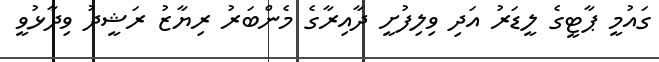
ގައުމީ ޕާޓީގެ ލީޑަރު އަދި ވިލިފުށީ ދާއިރާގެ މެންބަރު ރިޔާޒު ރަޝީދު ވިދާޅުވީ